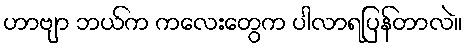
ဟာဗျာ ဘယ်က ကလေးတွေက ပါလာရပြန်တာလဲ။